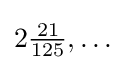
{\textstyle 2{\frac {21}{125}},\ldots }